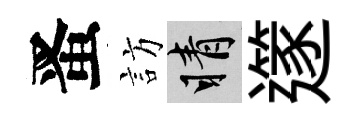
󱉠訪睛𨗹